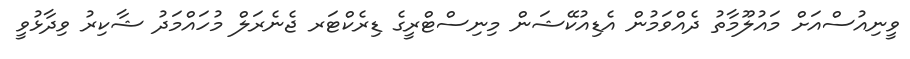
ވީނިއުސްއަށް މައުލޫމާތު ދެއްވަމުން އެޑިއުކޭޝަން މިނިސްޓްރީގެ ޑިރެކްޓަރ ޖެނެރަލް މުހައްމަދު ޝާކިރު ވިދާޅުވީ